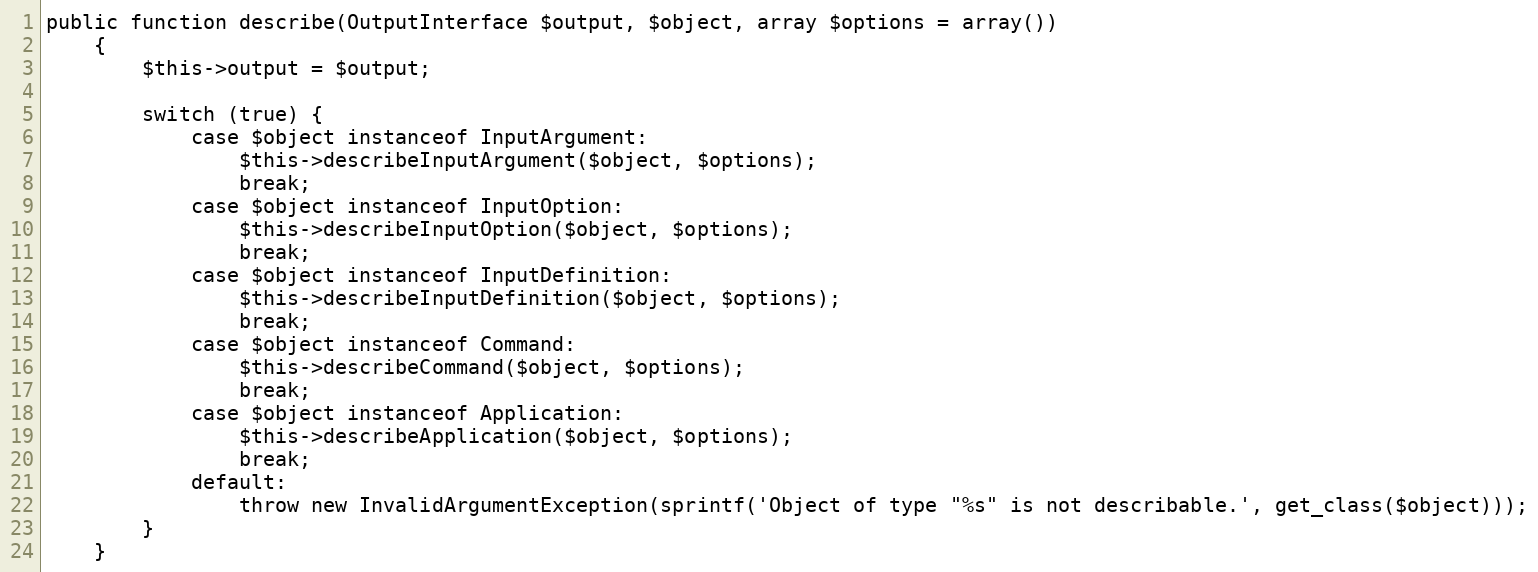
Language: PHP
public function describe(OutputInterface $output, $object, array $options = array())
    {
        $this->output = $output;

        switch (true) {
            case $object instanceof InputArgument:
                $this->describeInputArgument($object, $options);
                break;
            case $object instanceof InputOption:
                $this->describeInputOption($object, $options);
                break;
            case $object instanceof InputDefinition:
                $this->describeInputDefinition($object, $options);
                break;
            case $object instanceof Command:
                $this->describeCommand($object, $options);
                break;
            case $object instanceof Application:
                $this->describeApplication($object, $options);
                break;
            default:
                throw new InvalidArgumentException(sprintf('Object of type "%s" is not describable.', get_class($object)));
        }
    }